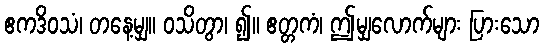
ဧကဒိဝသံ၊ တနေ့မျှ။ ဝသိတွာ၊ ၍။ ဧတ္တကံ၊ ဤမျှလောက်များ ပြားသော